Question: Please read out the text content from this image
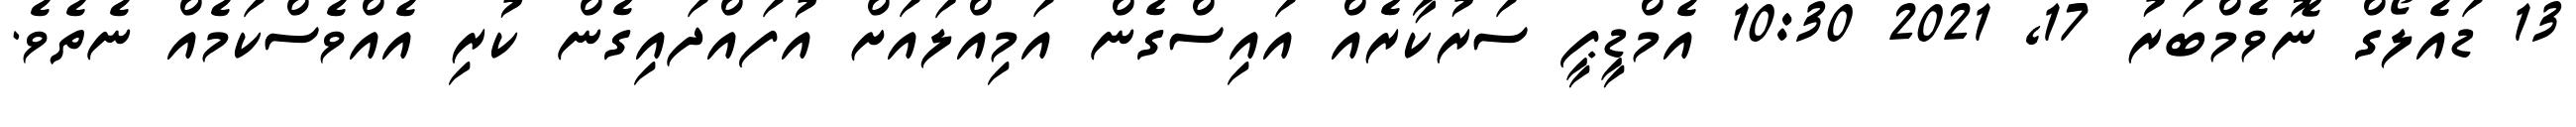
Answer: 13 ޑައެލޯގް ނޮވެމްބަރު 17, 2021 10:30 އެމްޑީޕީ ސަރުކާރެއް އައިސްގެން އަމިއްލައަށް އުފައްދައިގެން ކުރި އެއްވެސްކަމެއް ނެތެވެ.